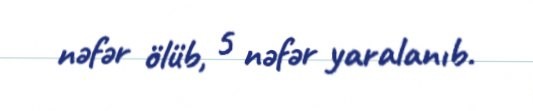
nəfər ölüb, 5 nəfər yaralanıb.